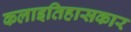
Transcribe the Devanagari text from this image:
कलाइतिहासकार